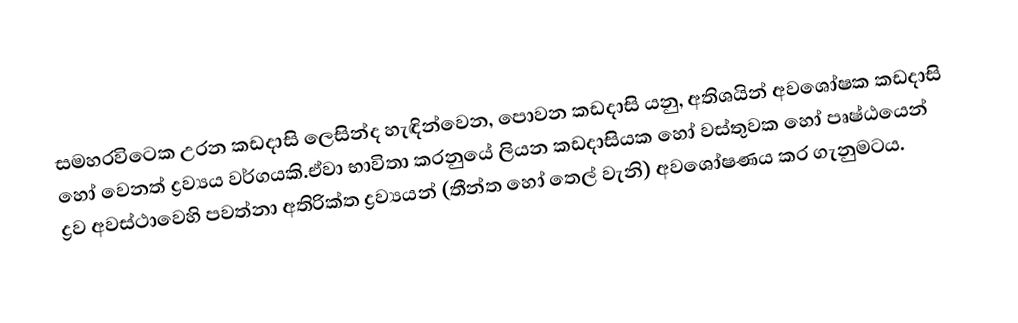
සමහරවිටෙක උරන කඩදාසි ලෙසින්ද හැඳින්වෙන, පොවන කඩදාසි යනු, අතිශයින් අවශෝෂක කඩදාසි හෝ වෙනත් ද්‍රව්‍යය වර්ගයකි.ඒවා භාවිතා කරනුයේ ලියන කඩදාසියක හෝ වස්තුවක හෝ පෘෂ්ඨයෙන්  ද්‍රව අවස්ථාවෙහි පවත්නා අතිරික්ත ද්‍රව්‍යයන් (තීන්ත හෝ තෙල් වැනි) අවශෝෂණය කර ගැනුමටය.